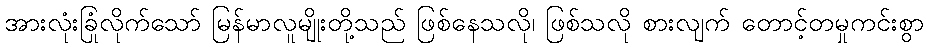
အားလုံးခြုံလိုက်သော် မြန်မာလူမျိုးတို့သည် ဖြစ်နေသလို၊ ဖြစ်သလို စားလျက် တောင့်တမှုကင်းစွာ